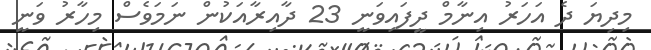
މިދިޔަ ދެ އަހަރު އިނާމް ދީފައިވަނީ 23 ދާއިރާއަކުން ނަމަވެސް މިހާރު ވަނީ